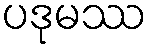
ပဒုမဿ